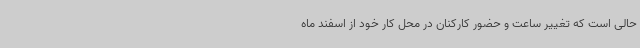
حالی است که تغییر ساعت و حضور کارکنان در محل کار خود از اسفند ماه